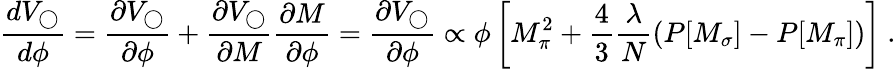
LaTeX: {\frac{dV_{\bigcirc}}{d\phi}}={\frac{\partial V_{\bigcirc}}{\partial\phi}}+{\frac{\partial V_{\bigcirc}}{\partial M}}{\frac{\partial M}{\partial\phi}}={\frac{\partial V_{\bigcirc}}{\partial\phi}}\propto\phi\left[M_{\pi}^{2}+{\frac{4}{3}}{\frac{\lambda}{N}}(P[M_{\sigma}]-P[M_{\pi}])\right]~.